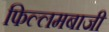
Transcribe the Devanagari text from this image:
फिल्लमबाजी